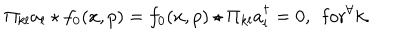
LaTeX: \Pi _ { k l } a _ { l } \star f _ { 0 } ( x , p ) = f _ { 0 } ( x , p ) \star \Pi _ { k l } a _ { l } ^ { \dagger } = 0 , ~ ~ \mathrm { f o r } ^ { \forall } k .